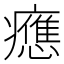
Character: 𤻮